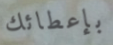
بإعطائك